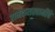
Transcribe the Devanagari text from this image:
रामदासस्वामींचे